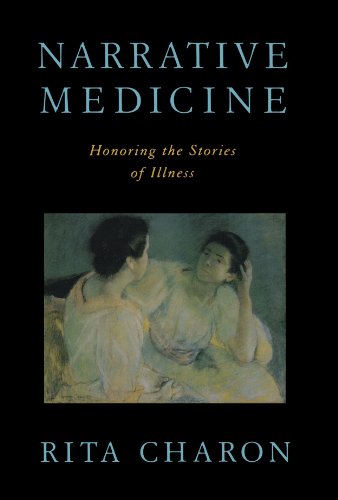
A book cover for Narrative Medicine: Honoring the Stories of Illness; Rita Charon; Medical Books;